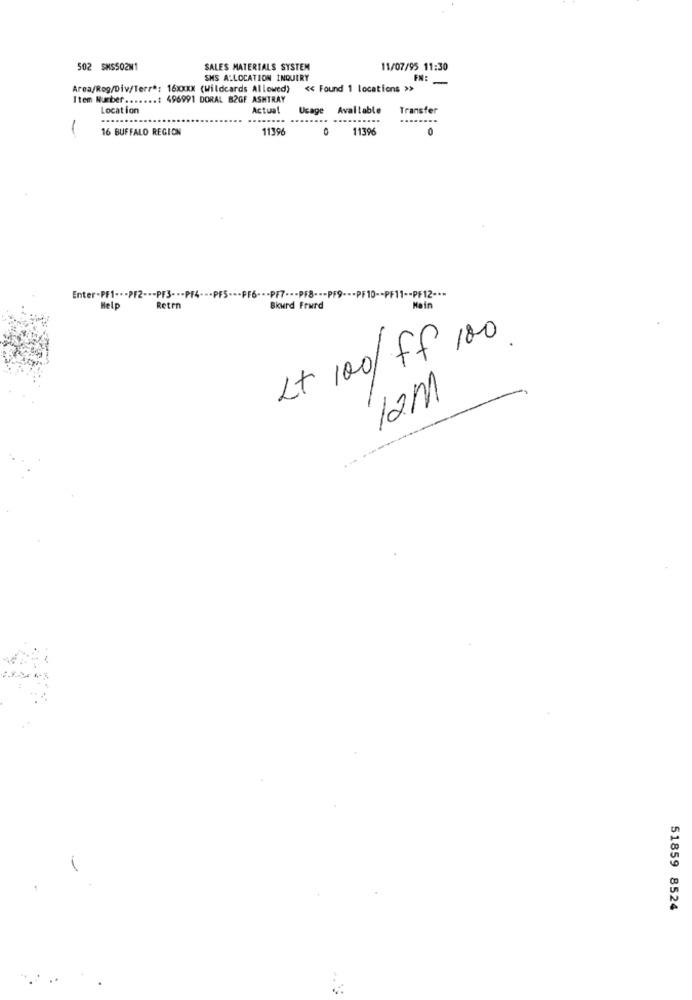
502 SMS502M1
SALES MATERIALS SYSTEM
11/07/95 11:30
SMS ALLOCATION INQUIRY
FN:
Area/Rog/Div/Terr *: 16XXXX (Wildcards Allowed)
<< Found 1 locations >>
Item Number .......: 496991 DORAL B2GF ASHTRAY
Location
Actual
Ucage Available
Transfer
...
....
...
16 BUFFALO REGION
11396
11396
Enter-PF1 -- - >F2 --- PF3- -- PF4- -- PF5 --- PF6 --- PF7 --- PF8 --- PF9 --- PF10 -- PF11 -- PF12 -.-
Help
Reten
Bkurd Frurd
Main
Lt 100/ ff 100.
12M
51859 8524